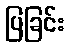
ပြခြင်း